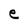
Character: e